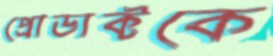
প্রোডাক্টকে